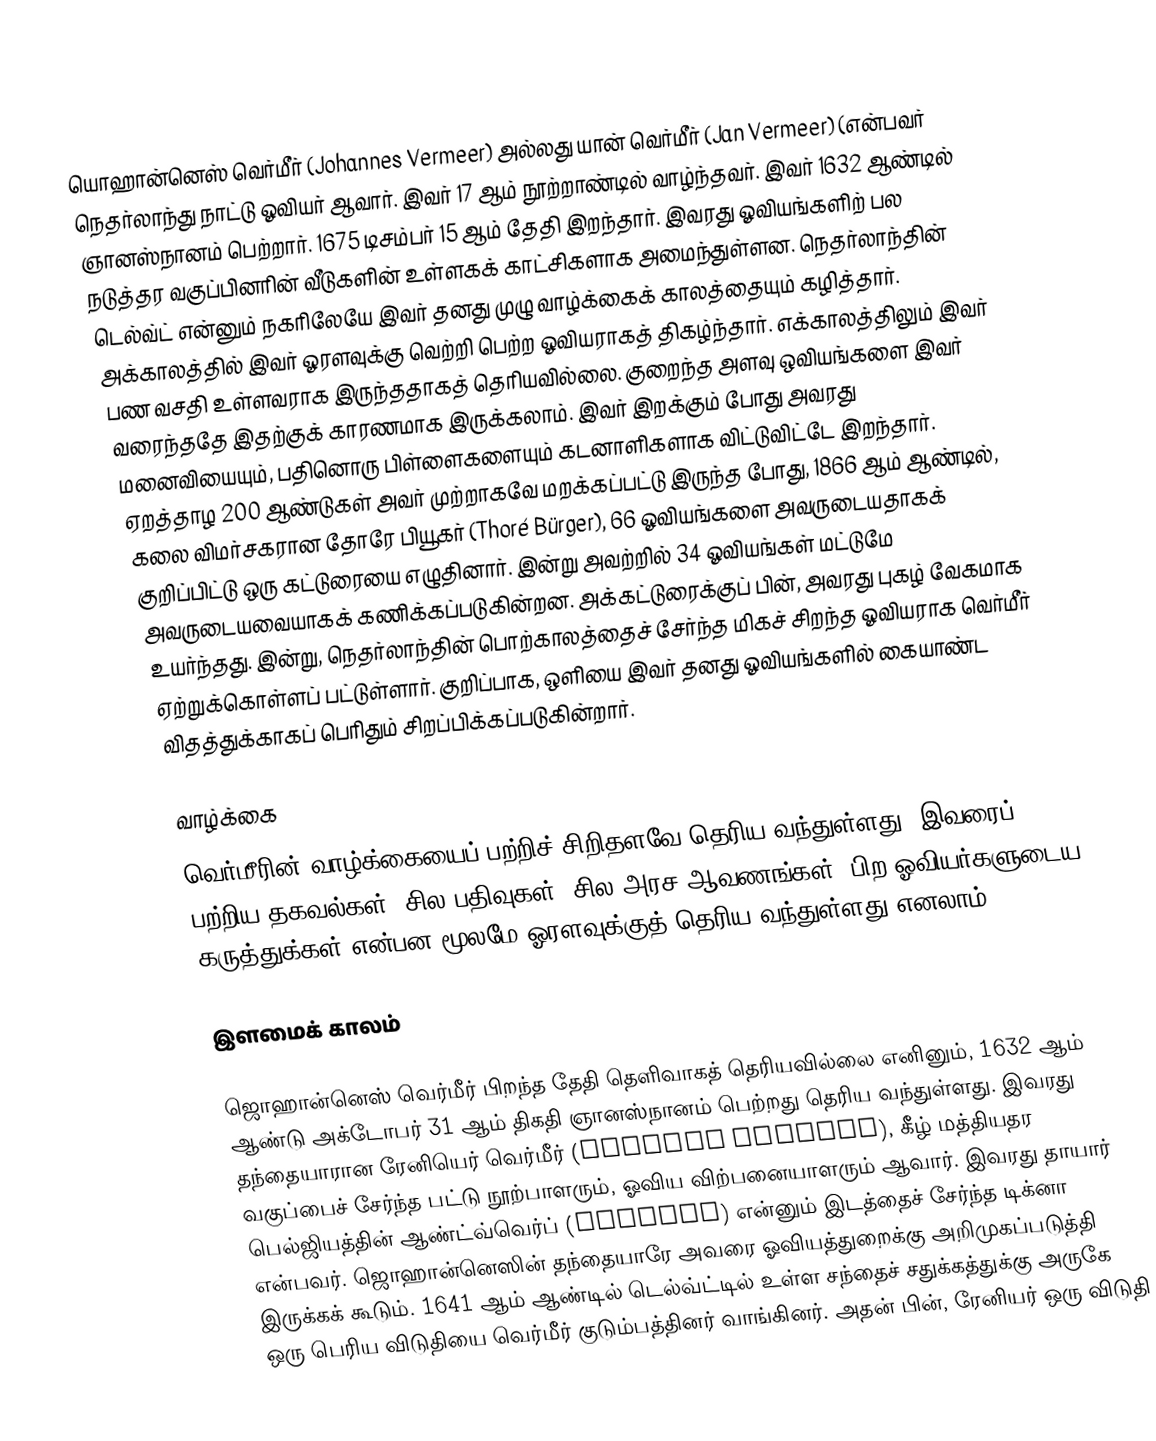
யொஹான்னெஸ் வெர்மீர் (Johannes Vermeer) அல்லது யான் வெர்மீர் (Jan Vermeer) (என்பவர் நெதர்லாந்து நாட்டு ஓவியர் ஆவார். இவர் 17 ஆம் நூற்றாண்டில் வாழ்ந்தவர். இவர் 1632 ஆண்டில் ஞானஸ்நானம் பெற்றார். 1675 டிசம்பர் 15 ஆம் தேதி இறந்தார். இவரது ஓவியங்களிற் பல நடுத்தர வகுப்பினரின் வீடுகளின் உள்ளகக் காட்சிகளாக அமைந்துள்ளன. நெதர்லாந்தின் டெல்வ்ட் என்னும் நகரிலேயே இவர் தனது முழு வாழ்க்கைக் காலத்தையும் கழித்தார். அக்காலத்தில் இவர் ஓரளவுக்கு வெற்றி பெற்ற ஓவியராகத் திகழ்ந்தார். எக்காலத்திலும் இவர் பண வசதி உள்ளவராக இருந்ததாகத் தெரியவில்லை. குறைந்த அளவு ஒவியங்களை இவர் வரைந்ததே இதற்குக் காரணமாக இருக்கலாம். இவர் இறக்கும் போது அவரது மனைவியையும், பதினொரு பிள்ளைகளையும் கடனாளிகளாக விட்டுவிட்டே இறந்தார். ஏறத்தாழ 200 ஆண்டுகள் அவர் முற்றாகவே மறக்கப்பட்டு இருந்த போது, 1866 ஆம் ஆண்டில், கலை விமர்சகரான தோரே பியூகர் (Thoré Bürger), 66 ஓவியங்களை அவருடையதாகக் குறிப்பிட்டு ஒரு கட்டுரையை எழுதினார். இன்று அவற்றில் 34 ஓவியங்கள் மட்டுமே அவருடையவையாகக் கணிக்கப்படுகின்றன. அக்கட்டுரைக்குப் பின், அவரது புகழ் வேகமாக உயர்ந்தது. இன்று, நெதர்லாந்தின் பொற்காலத்தைச் சேர்ந்த மிகச் சிறந்த ஓவியராக வெர்மீர் ஏற்றுக்கொள்ளப் பட்டுள்ளார். குறிப்பாக, ஒளியை இவர் தனது ஓவியங்களில் கையாண்ட விதத்துக்காகப் பெரிதும் சிறப்பிக்கப்படுகின்றார்.

வாழ்க்கை
வெர்மீரின் வாழ்க்கையைப் பற்றிச் சிறிதளவே தெரிய வந்துள்ளது. இவரைப் பற்றிய தகவல்கள், சில பதிவுகள், சில அரச ஆவணங்கள், பிற ஓவியர்களுடைய கருத்துக்கள் என்பன மூலமே ஓரளவுக்குத் தெரிய வந்துள்ளது எனலாம்.

இளமைக் காலம்

ஜொஹான்னெஸ் வெர்மீர் பிறந்த தேதி தெளிவாகத் தெரியவில்லை எனினும், 1632 ஆம் ஆண்டு அக்டோபர் 31 ஆம் திகதி ஞானஸ்நானம் பெற்றது தெரிய வந்துள்ளது. இவரது தந்தையாரான ரேனியெர் வெர்மீர் (Reynier Vermeer), கீழ் மத்தியதர வகுப்பைச் சேர்ந்த பட்டு நூற்பாளரும், ஓவிய விற்பனையாளரும் ஆவார். இவரது தாயார் பெல்ஜியத்தின் ஆண்ட்வ்வெர்ப் (Antwerp) என்னும் இடத்தைச் சேர்ந்த டிக்னா என்பவர். ஜொஹான்னெஸின் தந்தையாரே அவரை ஓவியத்துறைக்கு அறிமுகப்படுத்தி இருக்கக் கூடும். 1641 ஆம் ஆண்டில் டெல்வ்ட்டில் உள்ள சந்தைச் சதுக்கத்துக்கு அருகே ஒரு பெரிய விடுதியை வெர்மீர் குடும்பத்தினர் வாங்கினர். அதன் பின், ரேனியர் ஒரு விடுதி